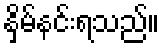
နှိမ်နင်းရသည်။